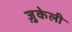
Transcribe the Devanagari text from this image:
ज़ुकेली